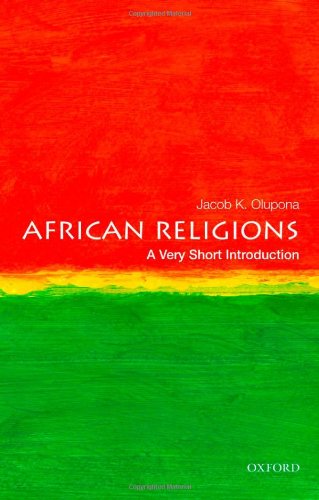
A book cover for African Religions: A Very Short Introduction (Very Short Introductions); Jacob K. Olupona; Religion & Spirituality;